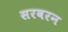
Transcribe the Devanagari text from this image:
सरवरन